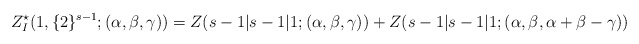
\begin{align*}Z_{I}^{\star}(1,\{2\}^{s-1};(\alpha, \beta,\gamma))=Z(s-1|s-1|1;(\alpha,\beta,\gamma))+Z(s-1|s-1|1;(\alpha,\beta,\alpha+\beta-\gamma))\end{align*}